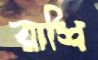
রাশি